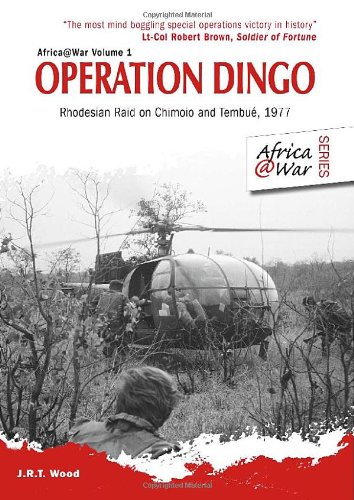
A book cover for OPERATION DINGO: Rhodesian Raid on Chimoio and Tembue' 1977 (Africa@War); J.R.T. Wood; History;